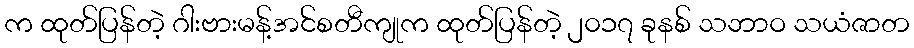
က ထုတ်ပြန်တဲ့ ဂါးဗားမန့်အင်စတီကျုက ထုတ်ပြန်တဲ့ ၂၀၁၇ ခုနစ် သဘာဝ သယံဇာတ